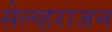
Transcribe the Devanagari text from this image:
सेल्व्हराजन